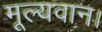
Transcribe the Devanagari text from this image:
मूल्यवान।